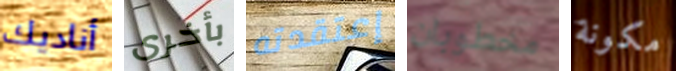
أناديك بأخرى إعتقدته مخطوبان مكونة